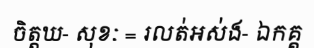
ចិត្តឃ- សុខៈ = រលត់អស់ង- ឯកគ្គ